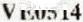
VE0514